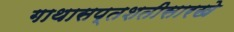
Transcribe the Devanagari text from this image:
गाथासप्तशतीसारखे